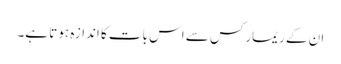
ان کے ریمارکس سے اس بات کا اندازہ ہوتا ہے۔